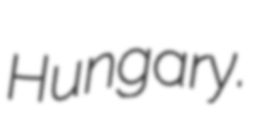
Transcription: Hungary.